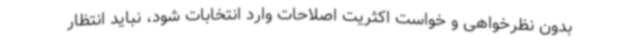
بدون نظرخواهی و خواست اکثریت اصلاحات وارد انتخابات شود، نباید انتظار